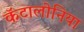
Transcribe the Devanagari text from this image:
कॅटालोनिया